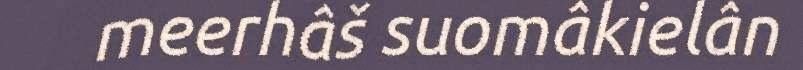
meerhâš suomâkielân